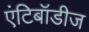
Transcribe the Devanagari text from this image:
एंटिबॉडीज